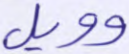
وويل